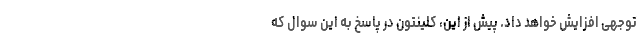
توجهی افزایش خواهد داد. پیش از این، کلینتون در پاسخ به این سوال که